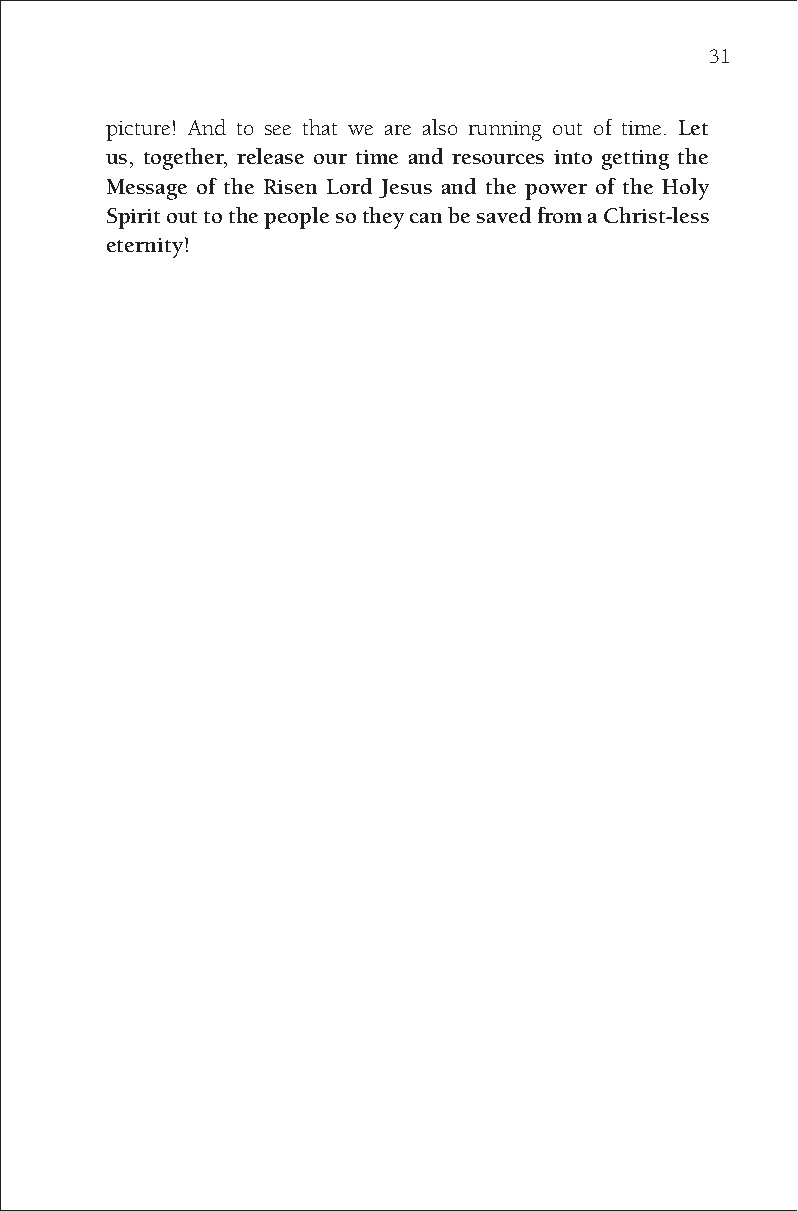
31
 picture! And to see that we are also running out of time. Let
 us, together, release our time and resources into getting the
 Message of the Risen Lord Jesus and the power of the Holy
 Spirit out to the people so they can be saved from a Christ-less
 eternity!